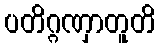
ပတိဂ္ဂဏှာတူတိ